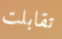
تقابلت